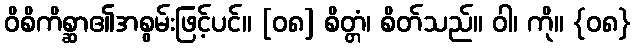
ဝိစိကိစ္ဆာ၏အစွမ်းဖြင့်ပင်။ [၀၈] စိတ္တံ၊ စိတ်သည်။ ဝါ၊ ကို။ {၀၈}